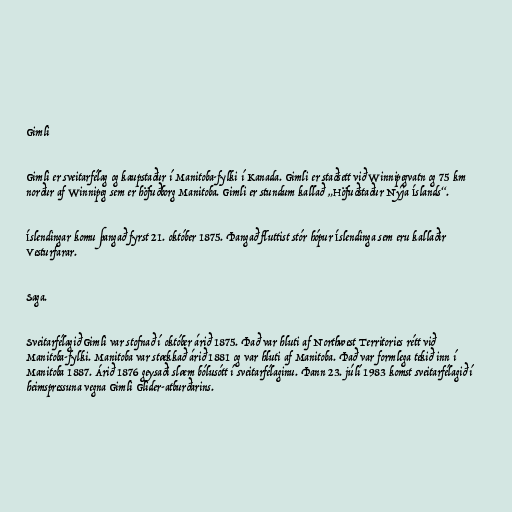
Gimli

Gimli er sveitarfélag og kaupstaður í Manitoba-fylki í Kanada. Gimli er staðsett við Winnipegvatn og 75 km
norður af Winnipeg sem er höfuðborg Manitoba. Gimli er stundum kallað „Höfuðstaður Nýja Íslands“.

Íslendingar komu þangað fyrst 21. október 1875. Þangað fluttist stór hópur Íslendinga sem eru kallaðir
Vesturfarar.

Saga.

Sveitarfélagið Gimli var stofnað í október árið 1875. Það var hluti af Northwest Territories rétt við
Manitoba-fylki. Manitoba var stækkað árið 1881 og var hluti af Manitoba. Það var formlega tekið inn í
Manitoba 1887. Árið 1876 geysaði slæm bólusótt í sveitarfélaginu. Þann 23. júlí 1983 komst sveitarfélagið í
heimspressuna vegna Gimli Glider-atburðarins.